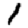
Digit: 1